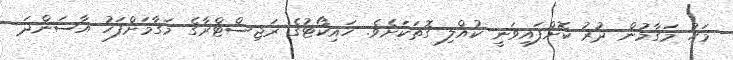
މަހު މަގާމުން ދުރު ކޮށްފައިވަނީ ކުއްލި ގޮތަކަށެވެ. ހައިކޯޓުގެ ރަޖިސްޓްރާގެ މަގާމަށްފަހު އާސަންދަ